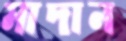
মাদান